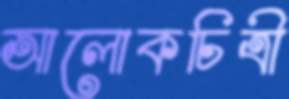
আলোকচিত্রী